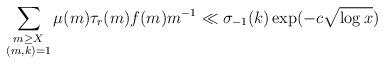
LaTeX: \begin{align*} \sum_{\substack{m\ge X\\ (m,k)=1}} \mu(m)\tau_r(m)f(m)m^{-1}\ll\sigma_{-1}(k)\exp(-c\sqrt{\log{x}})\end{align*}